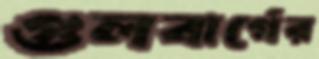
গুলবার্গের